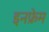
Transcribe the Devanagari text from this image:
इनफ्रेम